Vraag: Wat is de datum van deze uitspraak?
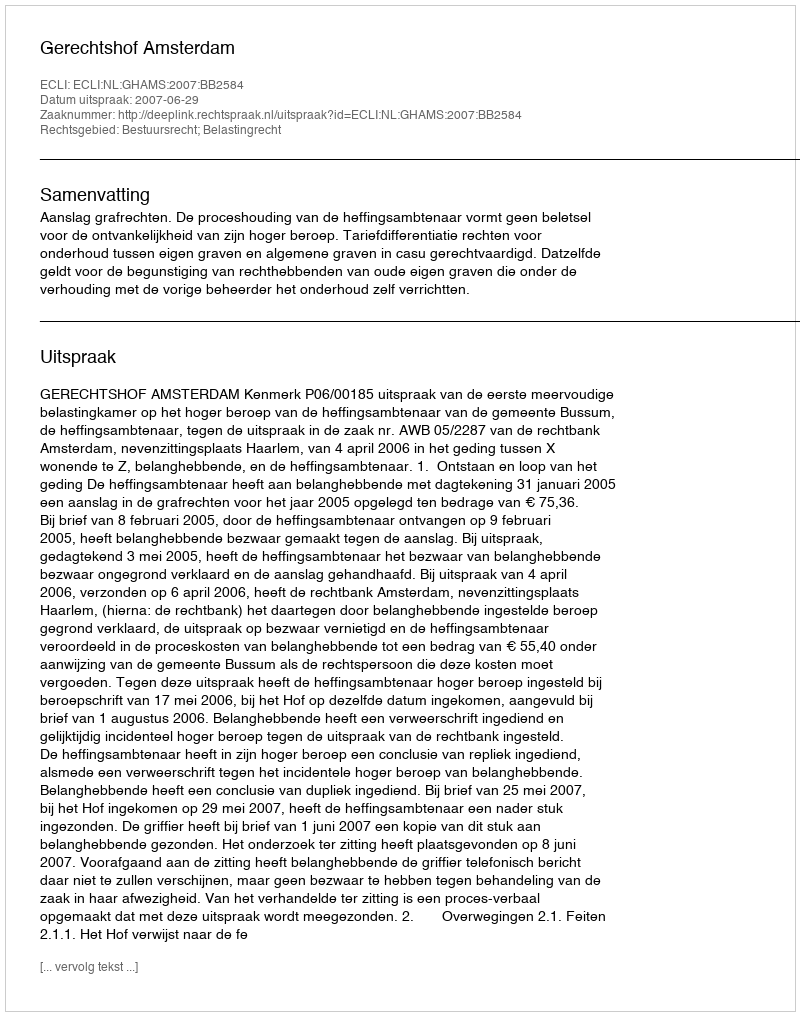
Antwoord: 2007-06-29